Civil Veterinary Dept. Bombay admin report 1932-41 - 1932-1941
Year: 1932
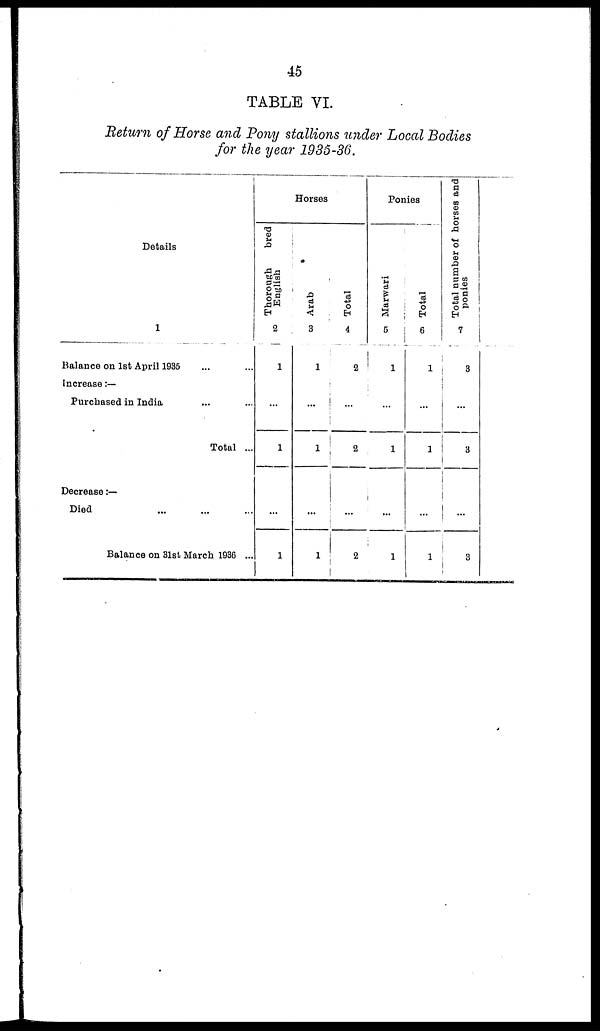
45
TABLE VI.
Return of Horse and Pony stallions under Local Bodies
for the year 1935-36.
Details
1
Balance on 1st April 1935 ... ...
Increase :—
Purchased in India ... ...
Total ...
Decrease:—
Died ... ... ...
Balance on 31st March 1936 ...
Horses
Thorough
bred
English
2
1
...
1
...
1
Arab
3
1
...
1
...
1
Total
4
2
...
2
...
2
Ponies
Marwari
5
1
...
1
...
1
Total
6
1
...
1
...
1
Total number of horses and
ponies
7
3
...
3
...
3